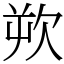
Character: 欮